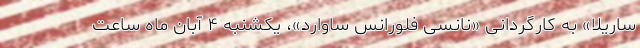
ساریلا» به کارگردانی «نانسی فلورانس ساوارد»، یکشنبه ۴ آبان ماه ساعت